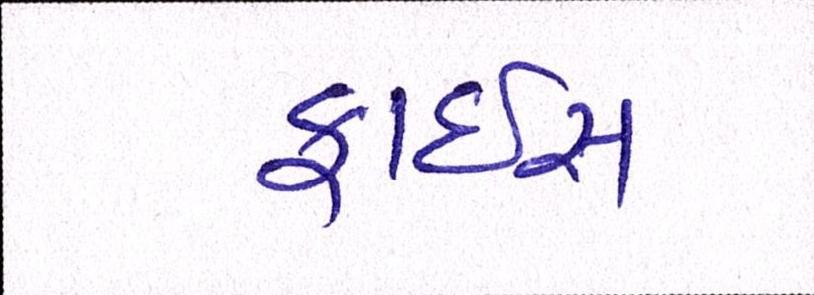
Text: ફ્રાઇસ